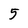
Character: 5